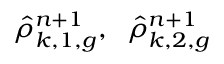
\hat { \rho } _ { k , 1 , g } ^ { n + 1 } , \; \; \hat { \rho } _ { k , 2 , g } ^ { n + 1 }